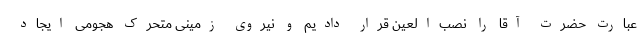
عبارت حضرت آقا را نصب‌العین قرار دادیم و نیروی زمینی متحرک هجومی ایجاد